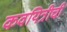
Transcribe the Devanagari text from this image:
कवयित्रीची